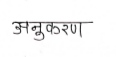
मजकूर: अनुकरण